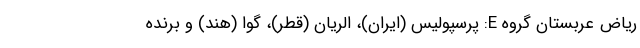
ریاض عربستان گروه E: پرسپولیس (ایران)، الریان (قطر)، گوا (هند) و برنده